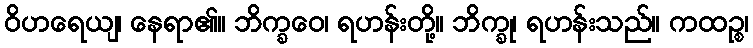
ဝိဟရေယျ၊ နေရာ၏။ ဘိက္ခဝေ၊ ရဟန်းတို့။ ဘိက္ခု၊ ရဟန်းသည်။ ကထဉ္စ၊